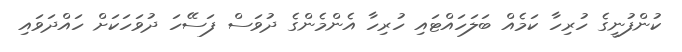
ކުންފުނީގެ ހުރިހާ ކަމެއް ބަލަހައްޓައި ހުރިހާ އެންމެންގެ ދުވަސް ފަސޭހަ ދުވަހަކަށް ހައްދަވައި